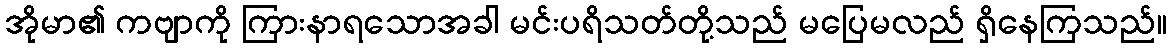
အိုမာ၏ ကဗျာကို ကြားနာရသောအခါ မင်းပရိသတ်တို့သည် မပြေမလည် ရှိနေကြသည်။